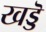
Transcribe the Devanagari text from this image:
खड्डॆ